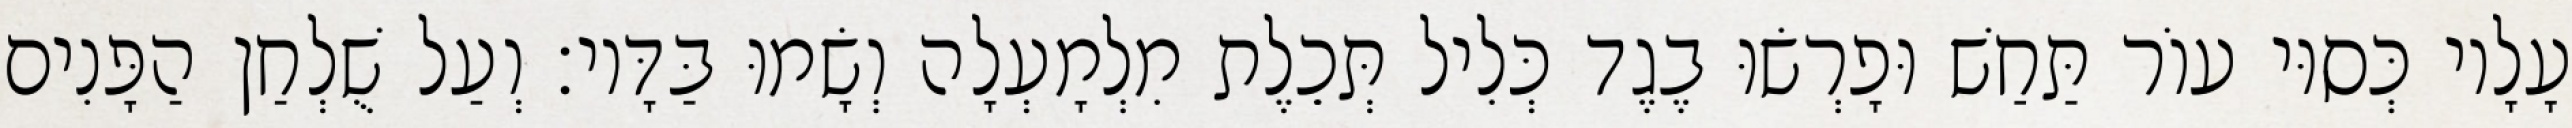
עָלָיו כְּסוּי עוֹר תַּחַשׁ וּפָרְשׂוּ בֶגֶד כְּלִיל תְּכֵלֶת מִלְמָעְלָה וְשָׂמוּ בַּדָּיו׃ וְעַל שֻׁלְחַן הַפָּנִים